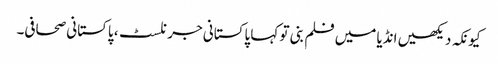
کیونکہ دیکھیں انڈیا میں فلم بنی تو کہا پاکستانی جرنلسٹ، پاکستانی صحافی۔